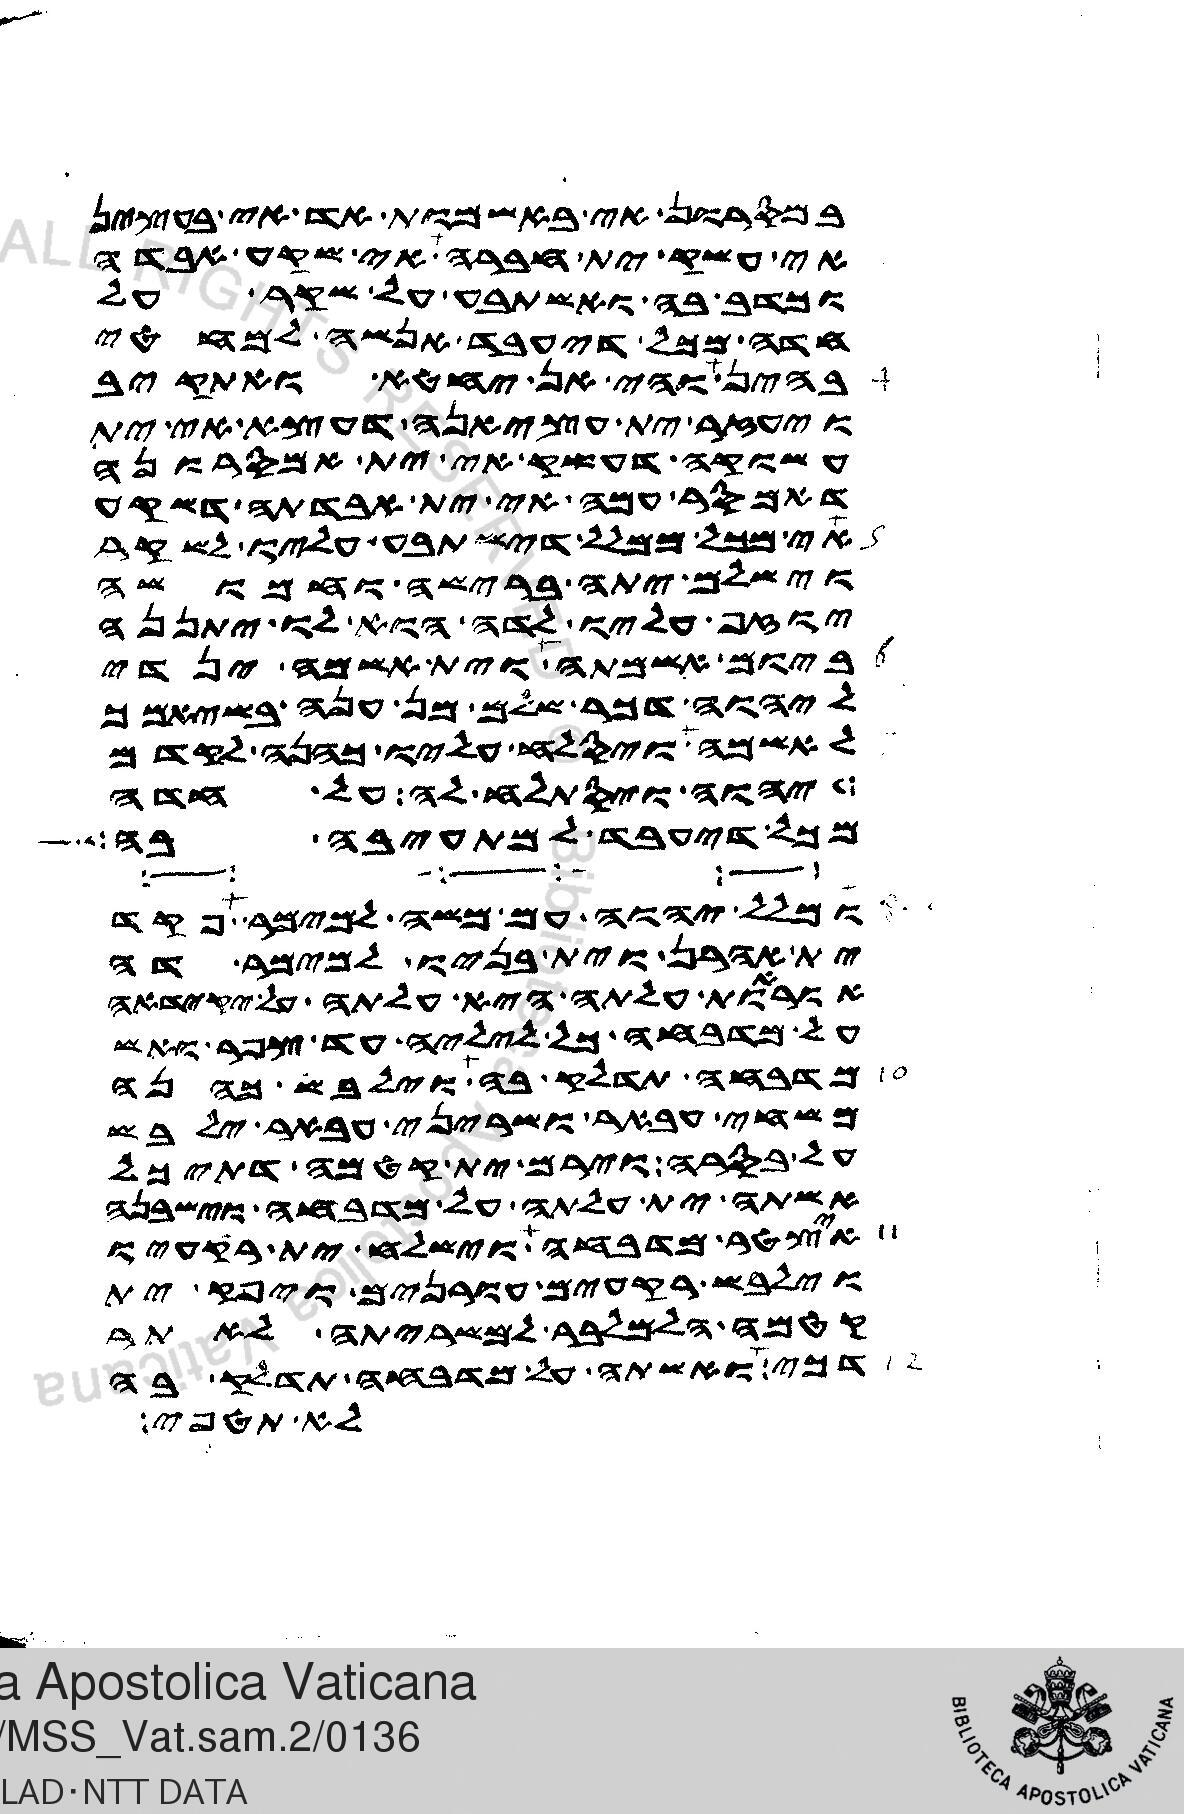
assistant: במסרון אי באשמות אד אי בעצין
אי עשק ית חברה אי שקע אבדה
וכדב בה ואשתבע על שקר על
חדה מכל דיעבד אנשה למחטי
בהין והי אן יחטא ואתקיב
ויעזר ית עציאנה דעצא אי ית
עשוקה דעשק אי ית אמסרונה
דאמסר עמה אי ית אבדתה דשקע
אי מכל ממלל דישתבע עליו לשקר
וישלם יתה ברישה וחמושה
יוזף עליו לדה הוא לו יתננה
ביום אשמתה וית אשמה ינדי
ליהוה דכר שלם מן ענה בשיאמך
עלה ויסלח עליו כהנה לקדם
יהוה ויסתלח לה על חדה
מכל דיעבד למתעיבה בה
ומלל יהוה עם משה למימר פקד
ית אהרן וית בניו למימר דה
אוראות עלתה היא עלתה על יקידאה
על מדבחה כל ליליה עד צפר ואש
מדבחה תדלק בה וילבש כהנה
משחי עבאר ושריני עבאר ילבש
על בסרה וירם ית קטמה דתיכל
אשתה ית עלתה על מדבחה וישבנה
איצטר מדבחה וישלח ית רקעיו
וילבש רקעים עורנים ויפק ית
קטמה הלמלבר למשריתה לאתר
דכי ואשתה על מדבחה תדלק בה
לא תטפי